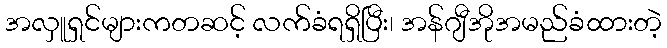
အလှူရှင်များကတဆင့် လက်ခံရရှိပြီး၊ အန်ဂျီအိုအမည်ခံထားတဲ့